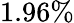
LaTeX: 1.96\%